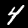
Digit: 4